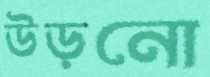
উড়নো